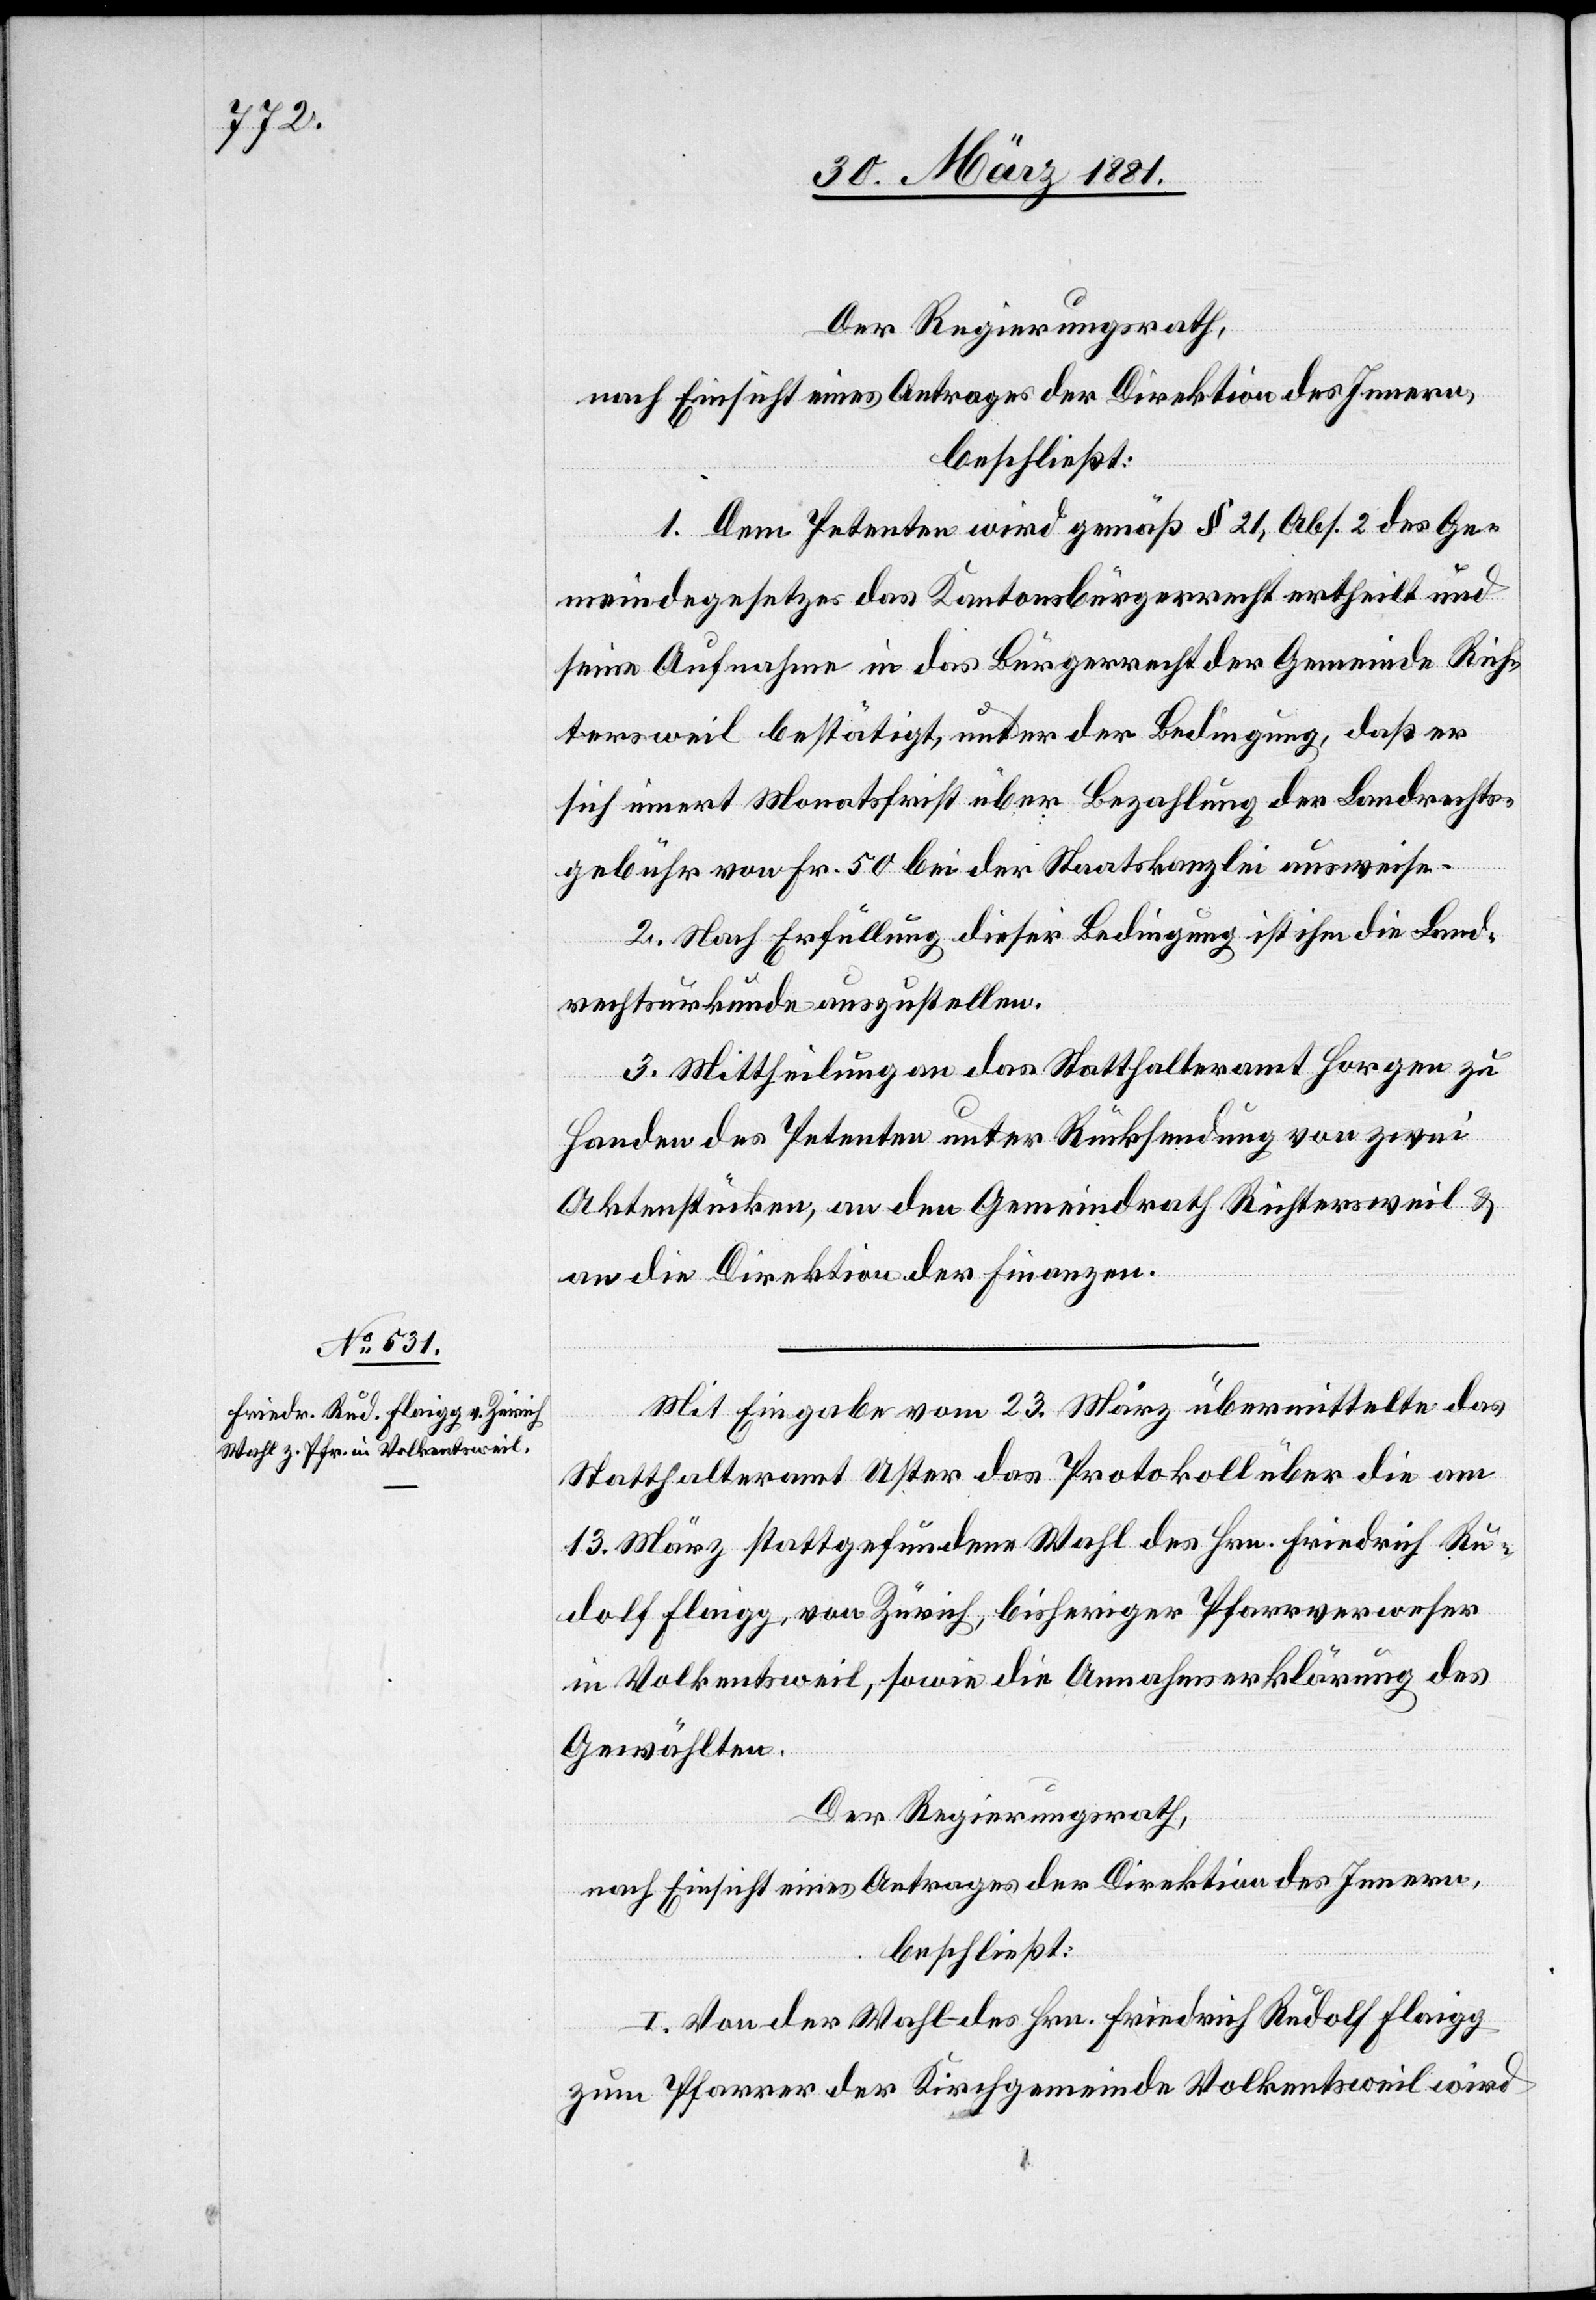
Der Regierungsrath,
nach Einsicht eines Antrages der Direktion des Innern,
beschließt:
1. Dem Petenten wird gemäß § 21, Abs. 2 des Ge¬
meindegesetzes das Kantonsbürgerrecht ertheilt und
seine Aufnahme in das Bürgerrecht der Gemeinde Rich¬
tersweil bestätigt, unter der Bedingung, daß er
sich innert Monatsfrist über Bezahlung der Landrechts¬
gebühr von Fr. 50 bei der Staatskanzlei ausweise.
2. Nach Erfüllung dieser Bedingung ist ihm die Land¬
rechtsurkunde auszustellen.
3. Mittheilung an das Statthalteramt Horgen zu
Handen des Petenten unter Rücksendung von zwei
Aktenstücken, an den Gemeindrath Richtersweil &
an die Direktion der Finanzen.
Mit Eingabe vom 23. März übermittelte das
Statthalteramt Uster das Protokoll über die am
13. März stattgefundene Wahl des Hrn. Friedrich Ru¬
dolf Flaigg, von Zürich, bisheriger Pfarrverweser
in Volketsweil, sowie die Annahmserklärung des
Gewählten.
Der Regierungsrath,
nach Einsicht eines Antrages der Direktion des Innern,
beschließt:
I. Von der Wahl des Hrn. Friedrich Rudolf Flaigg
zum Pfarrer der Kirchgemeinde Volketsweil wird